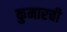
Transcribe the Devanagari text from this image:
कुमारची